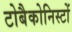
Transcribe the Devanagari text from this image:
टोबैकोनिस्टों